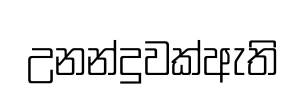
උනන්දුවක්ඇති